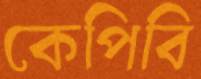
কেপিবি